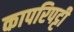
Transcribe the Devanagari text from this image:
कापरिपट्टी